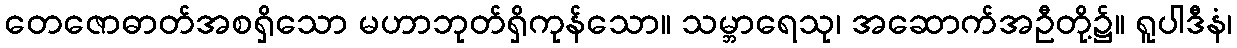
တေဇောဓာတ်အစရှိသော မဟာဘုတ်ရှိကုန်သော။ သမ္ဘာရေသု၊ အဆောက်အဦတို့၌။ ရူပါဒီနံ၊